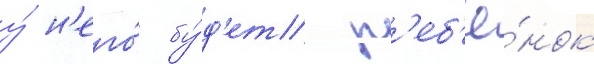
у́ н'его́ бу́д'ет р'еб'ё́нок